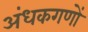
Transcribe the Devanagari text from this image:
अंधकगणों